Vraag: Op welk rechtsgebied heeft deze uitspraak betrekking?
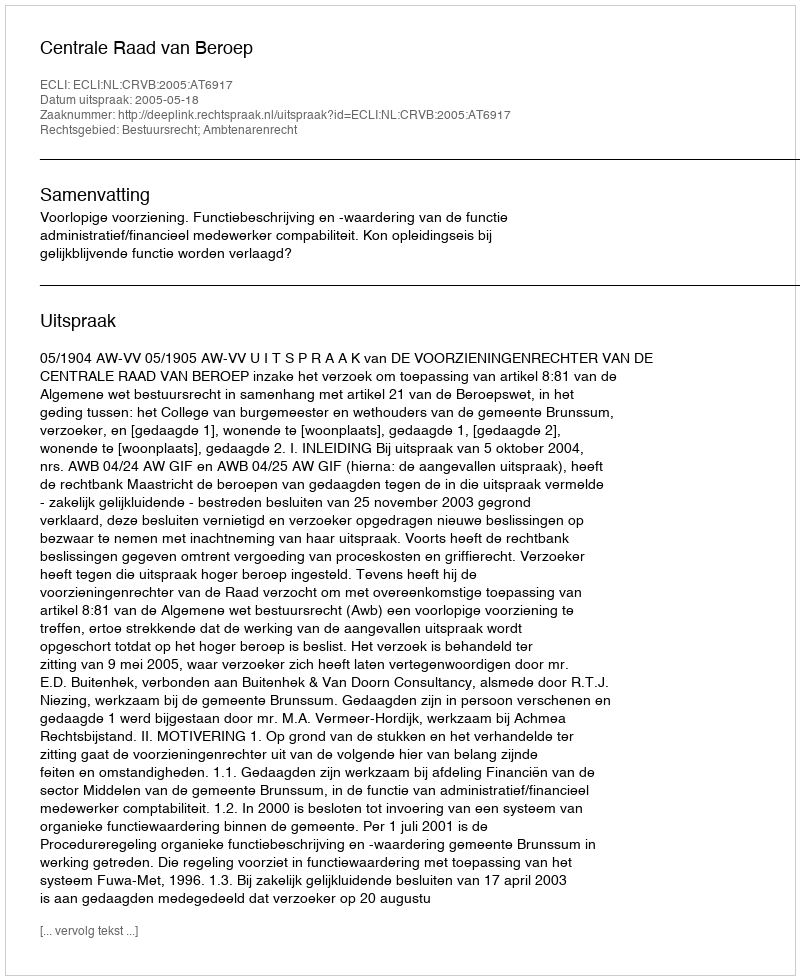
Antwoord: Bestuursrecht; Ambtenarenrecht